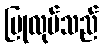
ပြုလုပ်သည်